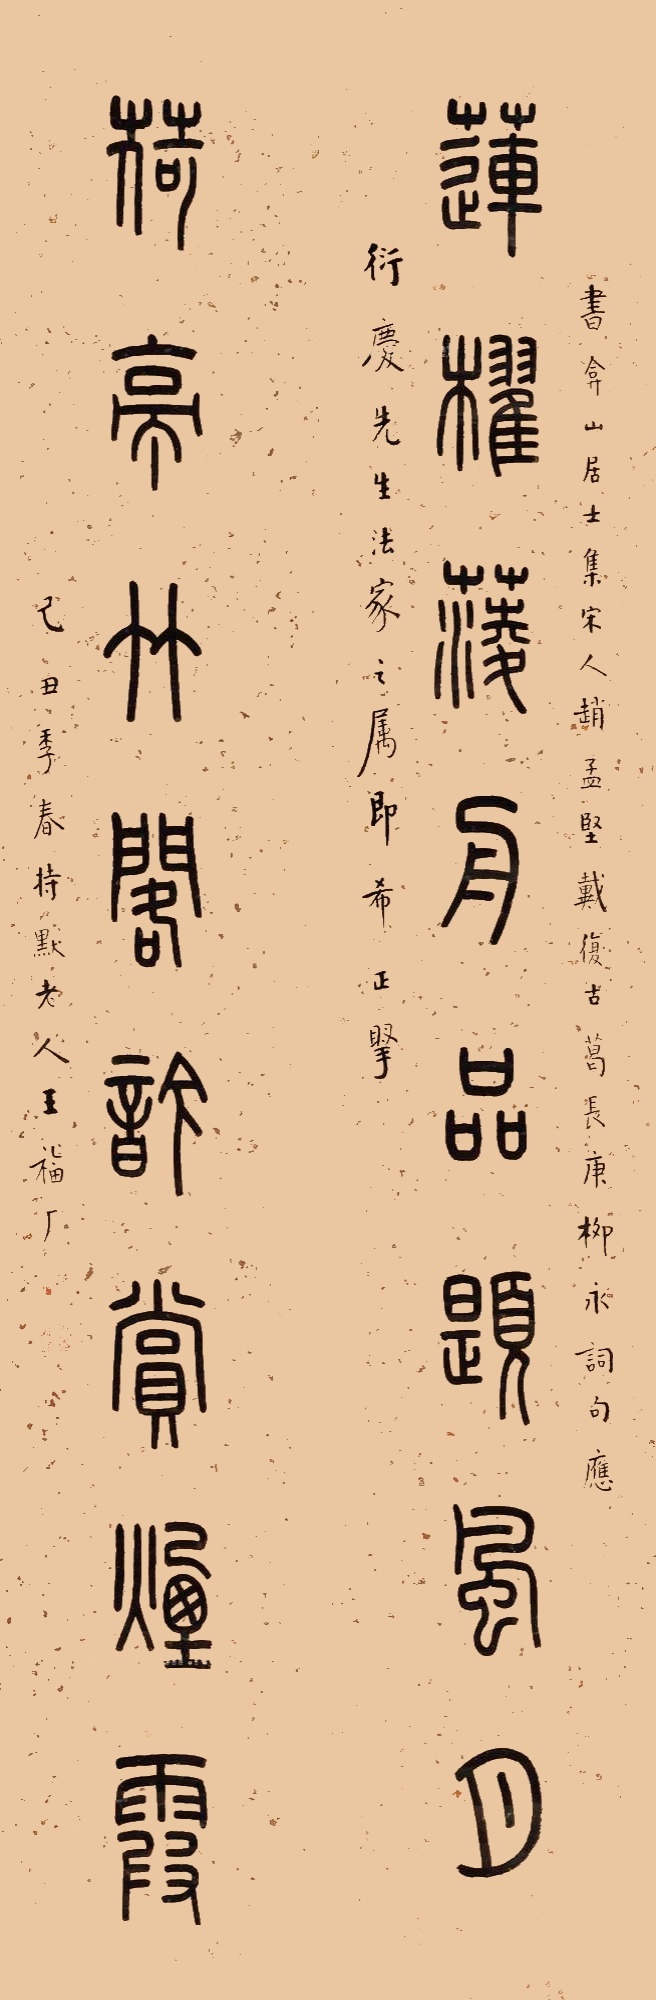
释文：莲櫂蔆舟品题风月，荷亭竹阁吟赏烟霞。书弇山居士集，宋人赵孟坚、戴复古、葛长庚、柳永词句应衍庆先生法家之属即希正腕。己丑年春持默老人王福厂。